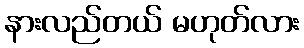
နားလည်တယ် မဟုတ်လား